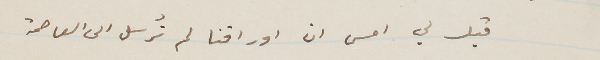
قيل لي امس ان اوراقنا لم تُرسل الى العاصمة